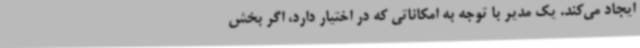
ایجاد می‌کند. یک مدیر با توجه به امکاناتی که در اختیار دارد، اگر بخش